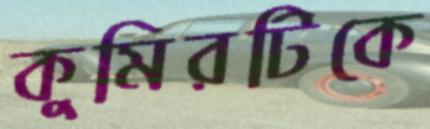
কুমিরটিকে